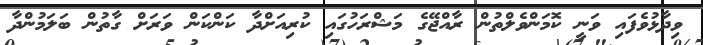
ވިދާޅުވެފައި ވަނީ ކޮމަންވެލްތުން ރާއްޖޭގެ މަޝްރަހުގައި ކުރިއަށްދާ ކަންކަން ވަރަށް ގާތުން ބަލަމުންދާ